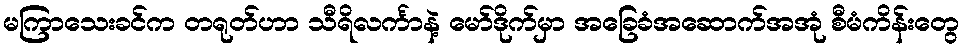
မကြာသေးခင်က တရုတ်ဟာ သီရိလင်္ကာနဲ့ မော်ဒိုက်မှာ အခြေခံအဆောက်အအုံ စီမံကိန်းတွေ